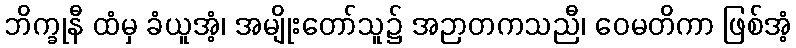
ဘိက္ခုနီ ထံမှ ခံယူအံ့၊ အမျိုးတော်သူ၌ အဉာတကသညီ၊ ဝေမတိကာ ဖြစ်အံ့